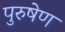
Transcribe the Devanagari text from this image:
पुरुषेण